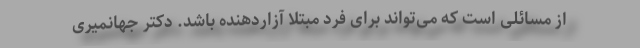
از مسائلی است که می‌تواند برای فرد مبتلا آزاردهنده باشد. دکتر جهانمیری